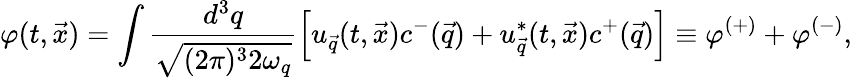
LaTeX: \varphi(t,\vec{x})=\int\frac{d^{3}q}{\sqrt{(2\pi)^{3}2\omega_{q}}}\left[u_{\vec{q}}(t,\vec{x})c^{-}(\vec{q})+u_{\vec{q}}^{\ast}(t,\vec{x})c^{+}(\vec{q})\right]\equiv\varphi^{(+)}+\varphi^{(-)},